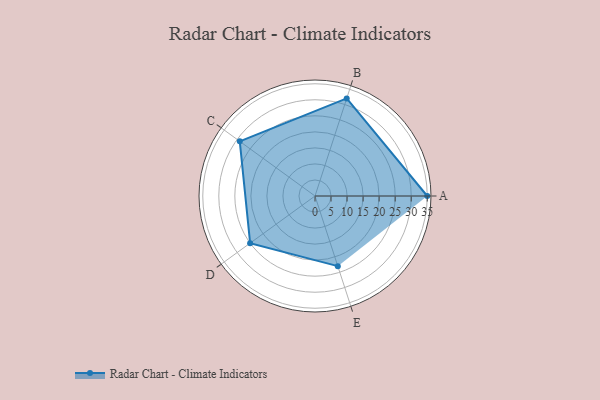
{"axis": {"x": "Skill", "y": "Score"}, "legend": ["Profile"], "data": [{"x": "A", "y": 35.0, "type": "Profile"}, {"x": "B", "y": 32.0, "type": "Profile"}, {"x": "C", "y": 29.0, "type": "Profile"}, {"x": "D", "y": 25.0, "type": "Profile"}, {"x": "E", "y": 23.0, "type": "Profile"}]}